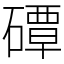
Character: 磹